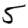
Digit: 5